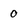
Character: 0